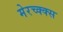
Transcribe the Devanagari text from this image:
मेरच्क्क्स